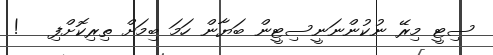
ސިޓީ މިރޭ ނުކުންނަނީސިޓީން ބަޔާން ހަމަ ބިމަށް ތިރިކޮށްފި   !